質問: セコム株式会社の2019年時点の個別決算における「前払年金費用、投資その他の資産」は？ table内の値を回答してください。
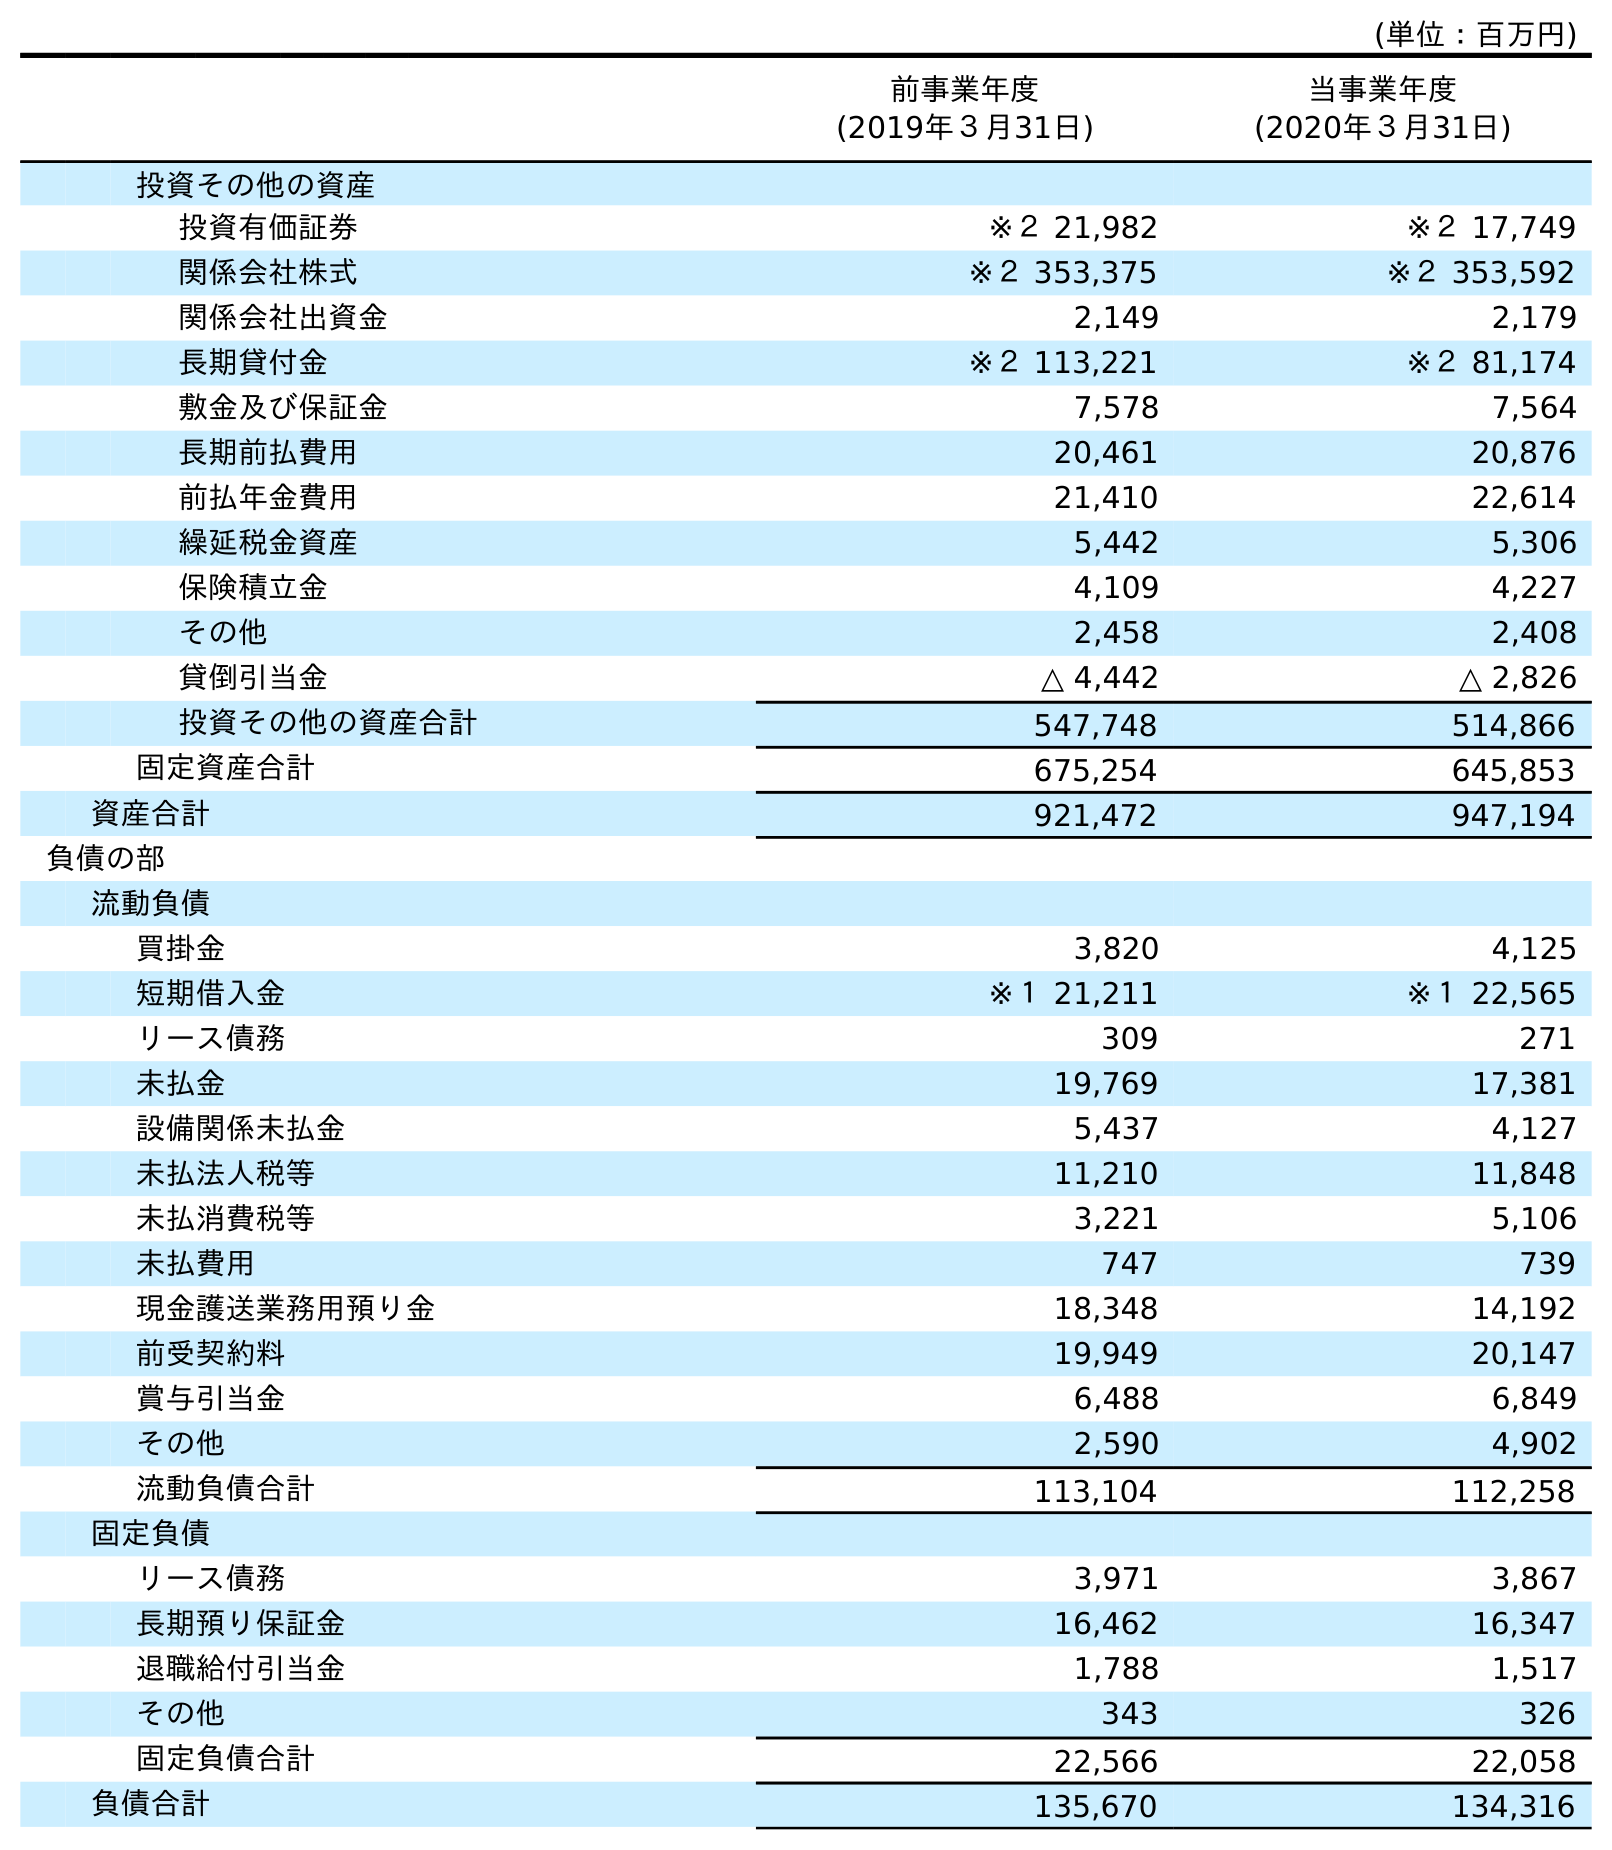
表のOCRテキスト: (単位：百万円) 前事業年度 (2019年３月31日) 当事業年度 (2020年３月31日) 投資その他の資産 投資有価証券 ※２ 21,982 ※２ 17,749 関係会社株式 ※２ 353,375 ※２ 353,592 関係会社出資金 2,149 2,179 長期貸付金 ※２ 113,221 ※２ 81,174 敷金及び保証金 7,578 7,564 長期前払費用 20,461 20,876 前払年金費用 21,410 22,614 繰延税金資産 5,442 5,306 保険積立金 4,109 4,227 その他 2,458 2,408 貸倒引当金 △ 4,442 △ 2,826 投資その他の資産合計 547,748 514,866 固定資産合計 675,254 645,853 資産合計 921,472 947,194 負債の部 流動負債 買掛金 3,820 4,125 短期借入金 ※１ 21,211 ※１ 22,565 リース債務 309 271 未払金 19,769 17,381 設備関係未払金 5,437 4,127 未払法人税等 11,210 11,848 未払消費税等 3,221 5,106 未払費用 747 739 現金護送業務用預り金 18,348 14,192 前受契約料 19,949 20,147 賞与引当金 6,488 6,849 その他 2,590 4,902 流動負債合計 113,104 112,258 固定負債 リース債務 3,971 3,867 長期預り保証金 16,462 16,347 退職給付引当金 1,788 1,517 その他 343 326 固定負債合計 22,566 22,058 負債合計 135,670 134,316
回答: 21,410